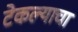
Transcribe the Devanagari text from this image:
टेकल्याचा